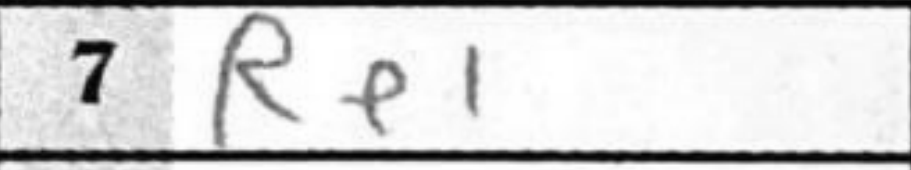
Transcription: Re1